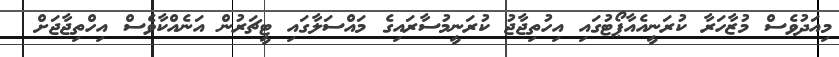
މިއަދުވެސް މުޒާހަރާ ކުރަނީއެއާޕޯޓުގައި އިހުތިޖާޖު ކުރަނީމުސާރައިގެ މައްސަލާގައި ޓީޗަރުން އަނެއްކާވެސް އިހްތިޖާޖަށް